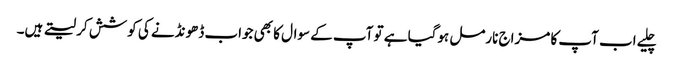
چلیے اب آپ کا مزاج نارمل ہوگیا ہے تو آپ کے سوال کا بھی جواب ڈھونڈنے کی کوشش کر لیتے ہیں۔